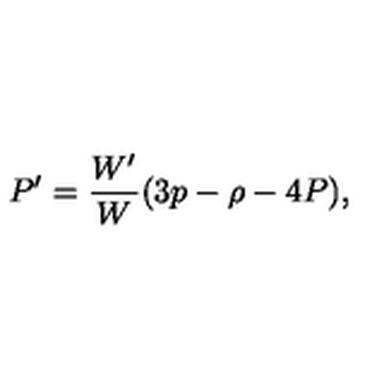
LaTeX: P ^ { \prime } = \frac { W ^ { \prime } } { W } ( 3 p - \rho - 4 P ) ,